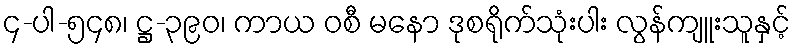
၄-ပါ-၅၄၈၊ ဋ္ဌ-၃၉၀၊ ကာယ ဝစီ မနော ဒုစရိုက်သုံးပါး လွန်ကျူးသူနှင့်